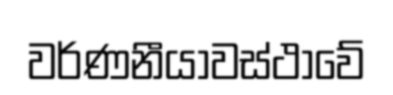
වර්ණනීයාවස්ථාවේ